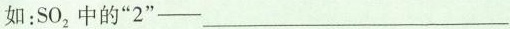
如：SO_{2}中的”2”——___